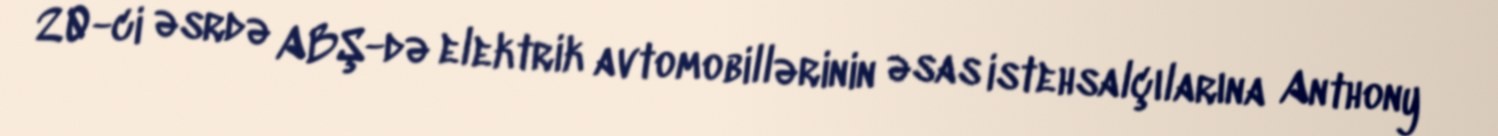
20-ci əsrdə ABŞ-də elektrik avtomobillərinin əsas istehsalçılarına Anthony